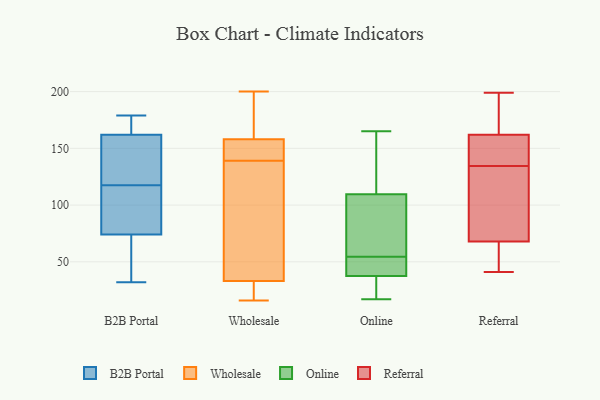
{"axis": {"x": "Conversion Rate (%)", "y": "Value"}, "legend": ["B2B Portal", "Online", "Referral", "Wholesale"], "data": [{"x": "", "y": 162, "type": "B2B Portal"}, {"x": "", "y": 87, "type": "B2B Portal"}, {"x": "", "y": 175, "type": "B2B Portal"}, {"x": "", "y": 179, "type": "B2B Portal"}, {"x": "", "y": 158, "type": "B2B Portal"}, {"x": "", "y": 51, "type": "B2B Portal"}, {"x": "", "y": 121, "type": "B2B Portal"}, {"x": "", "y": 32, "type": "B2B Portal"}, {"x": "", "y": 74, "type": "B2B Portal"}, {"x": "", "y": 114, "type": "B2B Portal"}, {"x": "", "y": 25, "type": "Wholesale"}, {"x": "", "y": 176, "type": "Wholesale"}, {"x": "", "y": 28, "type": "Wholesale"}, {"x": "", "y": 182, "type": "Wholesale"}, {"x": "", "y": 27, "type": "Wholesale"}, {"x": "", "y": 155, "type": "Wholesale"}, {"x": "", "y": 200, "type": "Wholesale"}, {"x": "", "y": 184, "type": "Wholesale"}, {"x": "", "y": 98, "type": "Wholesale"}, {"x": "", "y": 145, "type": "Wholesale"}, {"x": "", "y": 148, "type": "Wholesale"}, {"x": "", "y": 133, "type": "Wholesale"}, {"x": "", "y": 156, "type": "Wholesale"}, {"x": "", "y": 158, "type": "Wholesale"}, {"x": "", "y": 33, "type": "Wholesale"}, {"x": "", "y": 112, "type": "Wholesale"}, {"x": "", "y": 16, "type": "Wholesale"}, {"x": "", "y": 62, "type": "Wholesale"}, {"x": "", "y": 17, "type": "Online"}, {"x": "", "y": 53, "type": "Online"}, {"x": "", "y": 119, "type": "Online"}, {"x": "", "y": 37, "type": "Online"}, {"x": "", "y": 24, "type": "Online"}, {"x": "", "y": 100, "type": "Online"}, {"x": "", "y": 161, "type": "Online"}, {"x": "", "y": 47, "type": "Online"}, {"x": "", "y": 56, "type": "Online"}, {"x": "", "y": 42, "type": "Online"}, {"x": "", "y": 38, "type": "Online"}, {"x": "", "y": 59, "type": "Online"}, {"x": "", "y": 73, "type": "Online"}, {"x": "", "y": 165, "type": "Online"}, {"x": "", "y": 18, "type": "Online"}, {"x": "", "y": 161, "type": "Online"}, {"x": "", "y": 68, "type": "Referral"}, {"x": "", "y": 41, "type": "Referral"}, {"x": "", "y": 136, "type": "Referral"}, {"x": "", "y": 167, "type": "Referral"}, {"x": "", "y": 162, "type": "Referral"}, {"x": "", "y": 72, "type": "Referral"}, {"x": "", "y": 47, "type": "Referral"}, {"x": "", "y": 46, "type": "Referral"}, {"x": "", "y": 179, "type": "Referral"}, {"x": "", "y": 199, "type": "Referral"}, {"x": "", "y": 137, "type": "Referral"}, {"x": "", "y": 129, "type": "Referral"}, {"x": "", "y": 161, "type": "Referral"}, {"x": "", "y": 133, "type": "Referral"}]}